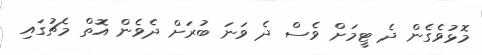
މޮޅުވެގެން ދެ ޓީމަށް ވެސް ދެ ވަނަ ބުރަށް ދެވެން އޮތް މެޗުގައި